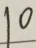
1 0